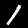
Label: 1